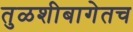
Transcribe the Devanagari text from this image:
तुळशीबागेतच